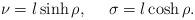
LaTeX: \begin{align*}\nu = l\sinh\rho, \ \ \ \ \sigma = l\cosh\rho.\end{align*}